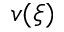
v ( \xi )